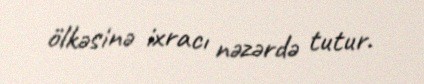
ölkəsinə ixracı nəzərdə tutur.